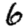
Digit: 6